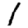
Digit: 1